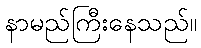
နာမည်ကြီးနေသည်။